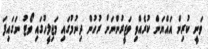
ވަނީ ކުރިން އައްޔަން ކުރެއްވި ވަޒީރުންނަށް ރުހުން ދިނުމުގައި މަޖިލީހުގައި ވޯޓު ނަގައިފަ